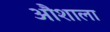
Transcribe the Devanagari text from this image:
औशाला